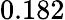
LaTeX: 0.182